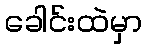
ခေါင်းထဲမှာ